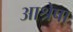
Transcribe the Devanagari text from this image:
आश्रेषा